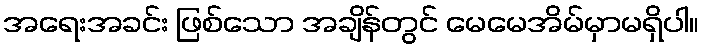
အရေးအခင်း ဖြစ်သော အချိန်တွင် မေမေအိမ်မှာမရှိပါ။